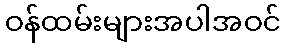
ဝန်ထမ်းများအပါအဝင်